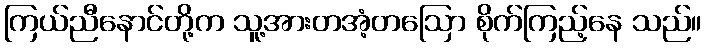
ကြယ်ညီနောင်တို့က သူ့အားတအံ့တဩော စိုက်ကြည့်နေ သည်။